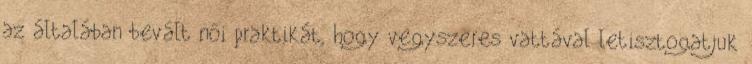
az általában bevált női praktikát, hogy vegyszeres vattával letisztogatjuk